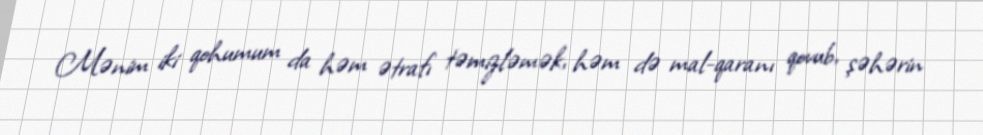
Mənim iki qohumum da həm ətrafı təmizləmək, həm də mal-qaranı qovub, şəhərin